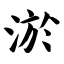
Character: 淤